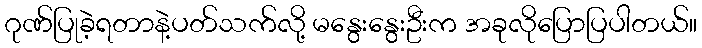
ဂုဏ်ပြုခဲ့ရတာနဲ့ပတ်သက်လို့ မနွေးနွေးဦးက အခုလိုပြောပြပါတယ်။